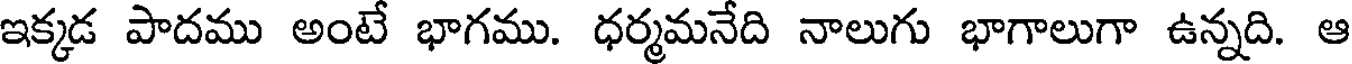
ఇక్కడ పాదము అంటే భాగము. ధర్మమనేది నాలుగు భాగాలుగా ఉన్నది. ఆ